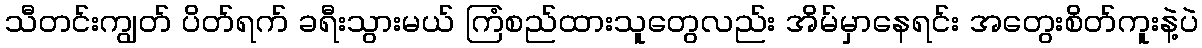
သီတင်းကျွတ် ပိတ်ရက် ခရီးသွားမယ် ကြံစည်ထားသူတွေလည်း အိမ်မှာနေရင်း အတွေးစိတ်ကူးနဲ့ပဲ